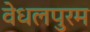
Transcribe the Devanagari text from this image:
वेधलपुरम